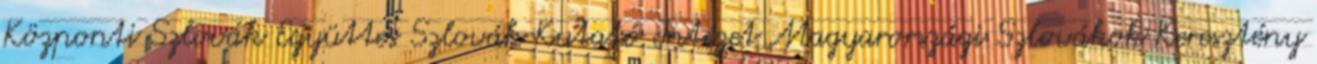
Központi Szlovák Együttes Szlovák Kutató Intézet Magyarországi Szlovákok Keresztény